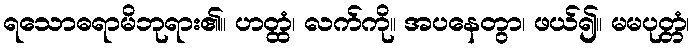
ရသောဓရာမိဘုရား၏။ ဟတ္ထံ၊ လက်ကို။ အပနေတွာ၊ ဖယ်၍။ မမပုတ္တံ၊